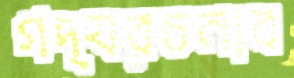
গদ্যরচনাব